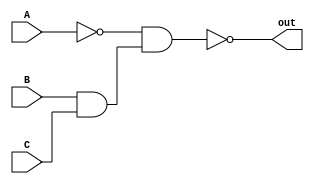
module circuit_design(A,B,C,out);
input A,B,C;
output out;
wire w1,w2;
not b1(w1,A);
and a1(w2,B,C);
nand c1(out,w1,w2);
endmodule
module circuit_design_tb;
reg A,B,C;
wire out;
circuit_design a1(A,B,C,out);
initial 
begin
    A=0;B=0;C=0;
    $monitor("TIme=%0t, A=%b, B=%b, C=%b, Output=%b", $time, A,B,C, out);
    #10 A=0;B=0;C=1;
    #10 A=0;B=1;C=0;
    #10 A=0;B=1;C=1;
    #10 A=1;B=0;C=0;
    #10 A=1;B=0;C=1;
    #10 A=1;B=1;C=0;
    #10 A=1;B=1;C=1;
end
endmodule